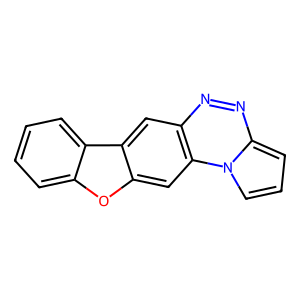
SMILES: c1ccc2c(c1)oc1cc3c(cc12)nnc1cccn13
Inhibits HIV replication: No